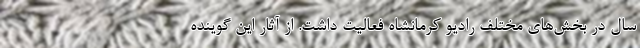
سال در بخش‌های مختلف رادیو کرمانشاه فعالیت داشت. از آثار این گوینده